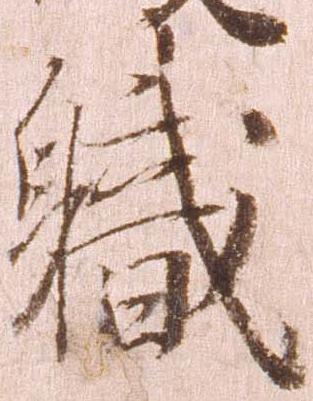
職